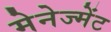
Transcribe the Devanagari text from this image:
मेनेज्मेंट